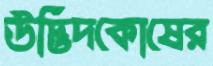
উদ্ভিদকোষের